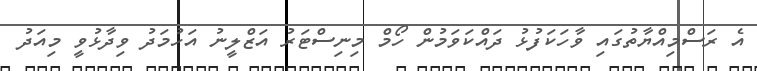
އެ ރަސްމިއްޔާތުގައި ވާހަކަފުޅު ދައްކަވަމުން ހޯމް މިނިސްޓަރު އަޒްލީނު އަހުމަދު ވިދާޅުވީ މިއަދު